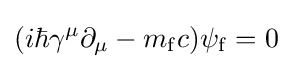
(i\hbar \gamma ^{\mu }\partial _{\mu }-m_{\rm {f}}c)\psi _{\rm {f}}=0